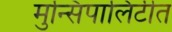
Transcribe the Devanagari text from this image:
मुन्सिपालिटीत